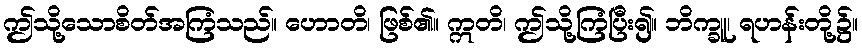
ဤသို့သောစိတ်အကြံသည်။ ဟောတိ၊ ဖြစ်၏။ ဣတိ၊ ဤသို့ကြံပြီး၍။ ဘိက္ခူ၊ ရဟန်းတို့၌။